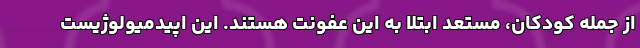
از جمله کودکان، مستعد ابتلا به این عفونت هستند. این اپیدمیولوژیست